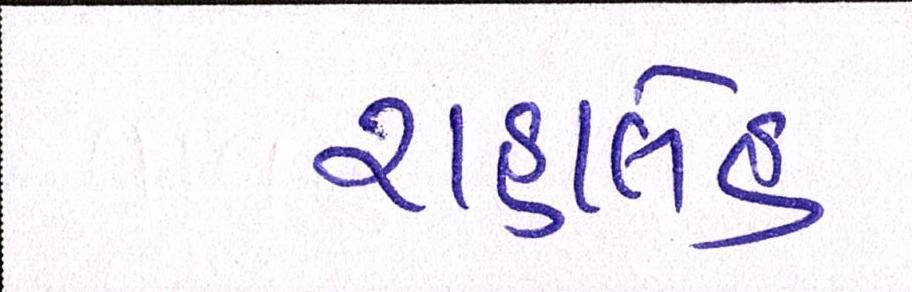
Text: રાહાલેહ